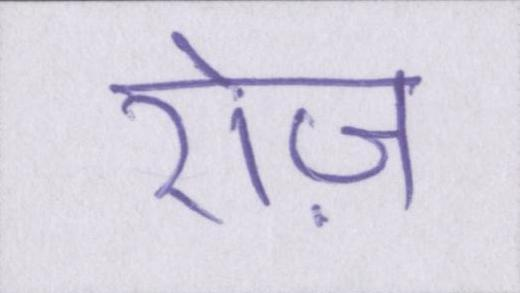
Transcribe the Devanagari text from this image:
रोज़